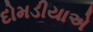
દોમડીયાએ